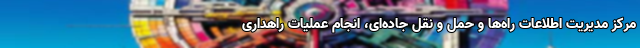
مرکز مدیریت اطلاعات راه‌ها و حمل و نقل جاده‌ای، انجام عملیات راهداری